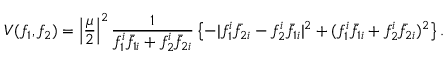
V ( f _ { 1 } , f _ { 2 } ) = \left| \frac { \mu } { 2 } \right| ^ { 2 } \frac { 1 } { f _ { 1 } ^ { i } { \bar { f } } _ { 1 i } + f _ { 2 } ^ { i } { \bar { f } } _ { 2 i } } \left\{ - | f _ { 1 } ^ { i } { \bar { f } } _ { 2 i } - f _ { 2 } ^ { i } { \bar { f } } _ { 1 i } | ^ { 2 } + ( f _ { 1 } ^ { i } { \bar { f } } _ { 1 i } + f _ { 2 } ^ { i } { \bar { f } } _ { 2 i } ) ^ { 2 } \right\} .